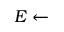
E \leftarrow